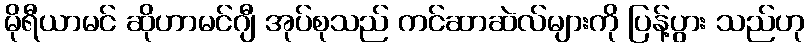
မိုရီယာမင် ဆိုဟာမင်ဂျီ အုပ်စုသည် ကင်ဆာဆဲလ်များကို ပြန့်ပွား သည်ဟု